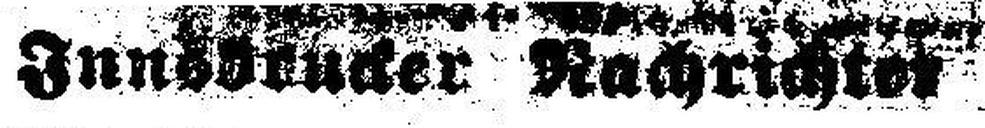
Innsbrucker Nachrichter